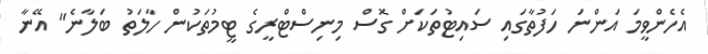
އެހެންވީމަ އަންނަ ހަފުތާގައި ސައިޓުތަކަށް ގޮސް މިނިސްޓްރީގެ ޓީމުތަކުން ހާލަތު ބަލާނެ" އޭނާ